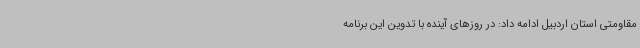
مقاومتی استان اردبیل ادامه داد: در روزهای آینده با تدوین این برنامه